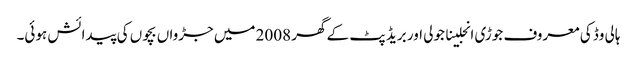
ہالی وڈ کی معروف جوڑی انجلینا جولی اور بریڈ پٹ کے گھر 2008 میں جڑواں بچوں کی پیدائش ہوئی۔